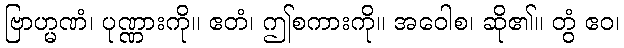
ဗြာဟ္မဏံ၊ ပုဏ္ဏားကို။ ဧတံ၊ ဤစကားကို။ အဝေါစ၊ ဆို၏။ တွံ ဧဝ၊